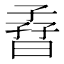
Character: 孴